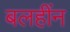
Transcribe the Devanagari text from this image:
बलहींन